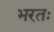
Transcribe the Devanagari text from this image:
भरतः